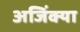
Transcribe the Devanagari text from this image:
अजिंक्या